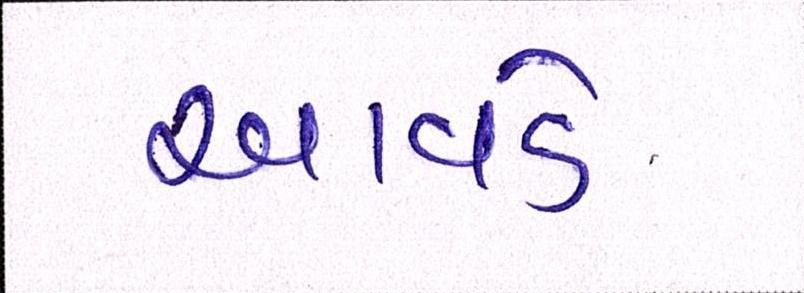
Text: આવડે